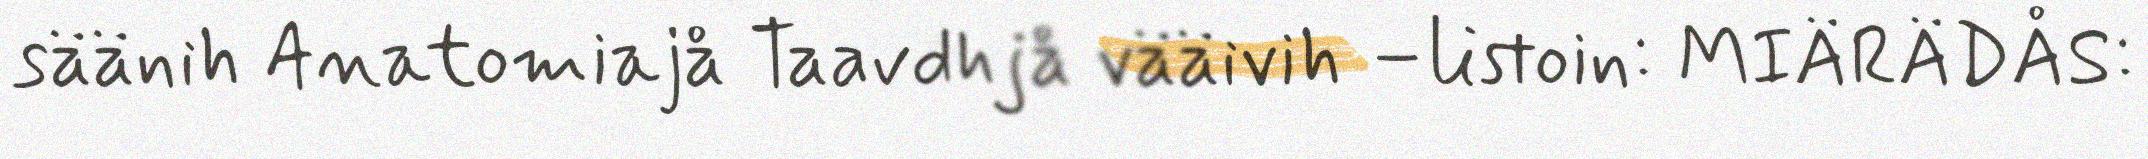
säänih Anatomiajå Taavdhjå vääivih –listoin: MIÄRÄDÅS: